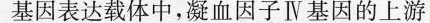
基因表达载体中，凝血因子Ⅳ基因的上游